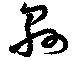
県